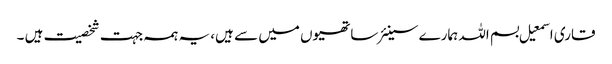
قاری اسمعیل بسم اللہ ہمارے سینئر ساتھیوں میں سے ہیں، یہ ہمہ جہت شخصیت ہیں ۔